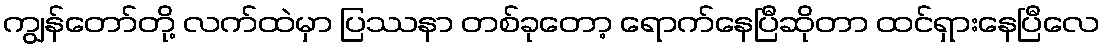
ကျွန်တော်တို့ လက်ထဲမှာ ပြဿနာ တစ်ခုတော့ ရောက်နေပြီဆိုတာ ထင်ရှားနေပြီလေ